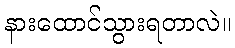
နားထောင်သွားရတာလဲ။